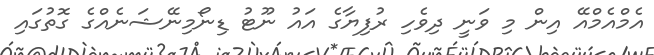
އެމްއެމްއޭ އިން މި ވަނީ ދިވެހި ރުފިޔާގެ އައު ނޫޓު ޑިނޯމިނޭޝަނެއްގެ ގޮތުގައި